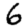
Digit: 6